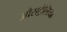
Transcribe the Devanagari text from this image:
औसट्रेलिया